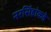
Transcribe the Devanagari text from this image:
नरसिंहांकडे